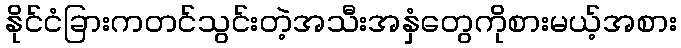
နိုင်ငံခြားကတင်သွင်းတဲ့အသီးအနှံတွေကိုစားမယ့်အစား